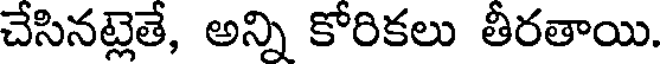
చేసినట్లెతే, అన్ని కోరికలు తీరతాయి.